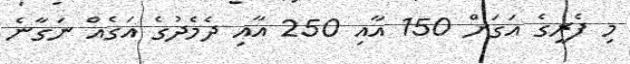
މި ފެރީގެ އަގަށް 150 އާއި 250 އާއި ދެމެދުގެ އަގެއް ނަގާނެ